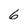
Character: 6